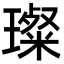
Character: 璨